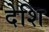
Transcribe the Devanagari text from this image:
देशि